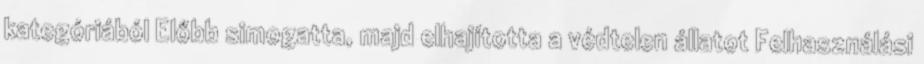
kategóriából Előbb simogatta, majd elhajította a védtelen állatot Felhasználási